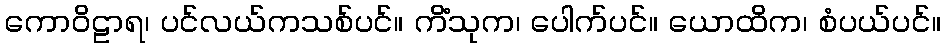
ကောဝိဠာရ၊ ပင်လယ်ကသစ်ပင်။ ကိံသုက၊ ပေါက်ပင်။ ယောထိက၊ စံပယ်ပင်။